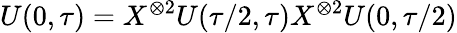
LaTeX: U(0,\tau)=X^{\otimes 2}U(\tau/2,\tau)X^{\otimes 2}U(0,\tau/2)